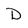
Character: D